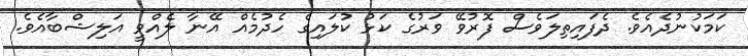
ކަމަކުނުދެއެވެ. ދެފައިިތިލަވެސް ފޮރުވޭ ވަރުގެ ކަޅު ކުލައިގެ ހެދުމެއް އޭނާ ލެއްވީ އަލިޝްބާއެވެ.